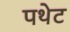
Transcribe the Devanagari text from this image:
पथेट